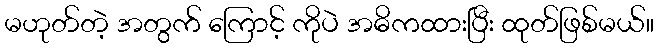
မဟုတ်တဲ့ အတွက် ကြောင့် ကိုပဲ အဓိကထားပြီး ထုတ်ဖြစ်မယ်။